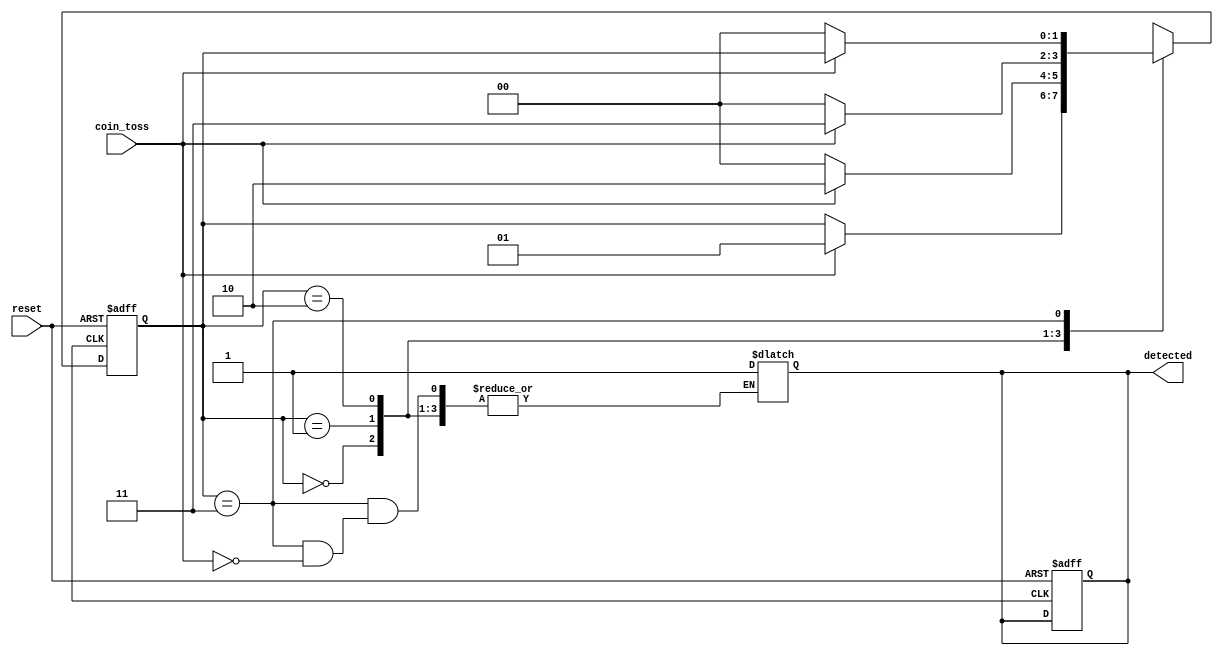
module CoinTossDetector( input  coin_toss,input  reset,output reg detected);

// Define states
parameter [1:0]
    S_START = 2'b00,
    S_H1    = 2'b01,
    S_H2    = 2'b10,
    S_H3    = 2'b11;

// Define signals
reg [1:0] state;
reg [1:0] next_state;

always @* begin
    next_state = state;

    case (state)
        S_START: begin
            if (coin_toss) begin
                next_state = S_H1;
            end
        end

        S_H1: begin
            if (coin_toss) begin
                next_state = S_H2;
            end else begin
                next_state = S_START;
            end
        end

        S_H2: begin
            if (coin_toss) begin
                next_state = S_H3;
            end else begin
                next_state = S_START;
            end
        end

        S_H3: begin
            if (coin_toss) begin
                detected = 1'b1;
            end else begin
                next_state = S_START;
            end
        end
    endcase
end

always @(posedge clk or posedge reset) begin
    if (reset) begin
        state <= S_START;
        detected <= 1'b0;
    end else begin
        state <= next_state;
    end
end

endmodule